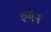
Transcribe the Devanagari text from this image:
रुमेन